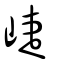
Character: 崨